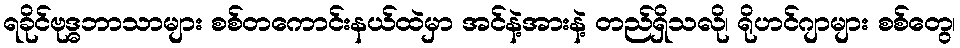
ရခိုင်ဗုဒ္ဓဘာသာများ စစ်တကောင်းနယ်ထဲမှာ အင်နဲ့အားနဲ့ တည်ရှိသလို၊ ရိုဟင်ဂျာများ စစ်တွေ၊